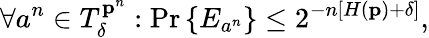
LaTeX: \forall a^{n}\in T_{\delta}^{\mathbf{p}^{n}}:\operatorname*{Pr}\left\{ E_{a^{n}}\right\} \leq 2^{-n\left[H\left(\mathbf{p}\right)+\delta\right]},